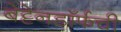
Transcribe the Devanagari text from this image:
बेट्टेनडॉर्फची